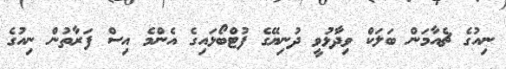
ނިއުގެ ޗެއާމަން ބަލަކް ވިދާޅުވީ ދުނިޔޭގެ ފުޓްބޯޅައިގެ އެންމެ އިސް ފަރާތުން ނިއުގެ